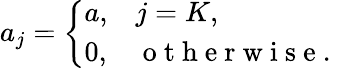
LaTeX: a_{j}=\left\{ \begin{array}{ll}{a,}&{j=K,}\\ {0,}&{\mathrm{~o~t~h~e~r~w~i~s~e~.~}}\end{array}\right.